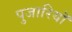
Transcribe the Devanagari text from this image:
पुजारियॊ